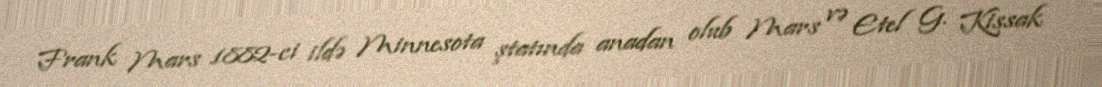
Frank Mars 1882-ci ildə Minnesota ştatında anadan olub Mars və Etel G. Kissak